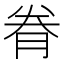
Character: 𮌐